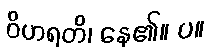
ဝိဟရတိ၊ နေ၏။ ပ။